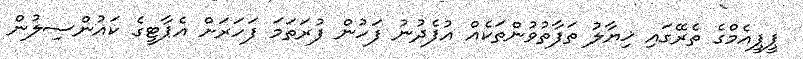
ޕީޕީއެމްގެ ތެރޭގައި ޚިޔާލު ތަފާތުވުންތަކެއް އުފެދުނު ފަހުން ފުރަތަމަ ފަހަރަށް އެޕާޓީގެ ކައުންސިލުން